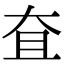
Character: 㚗